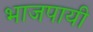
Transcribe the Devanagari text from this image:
भाजपायी